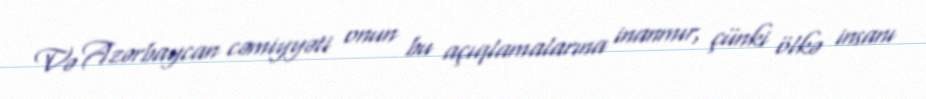
Və Azərbaycan cəmiyyəti onun bu açıqlamalarına inanmır, çünki ölkə insanı